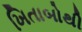
ખિતાબોથી